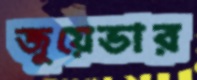
জুয়েভার